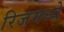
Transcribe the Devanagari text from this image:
रिजमध्ये